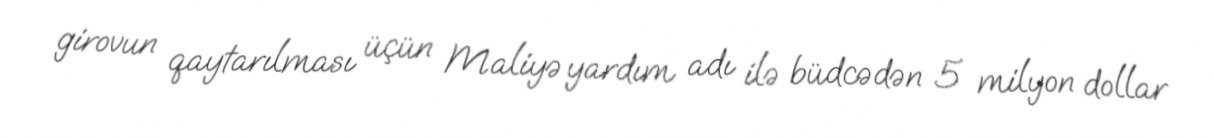
girovun qaytarılması üçün Maliyə yardım adı ilə büdcədən 5 milyon dollar